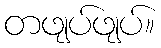
တဖျပ်ဖျပ်။